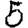
Digit: 5